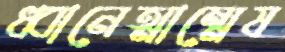
ধ্বানেত্মান্মেষ